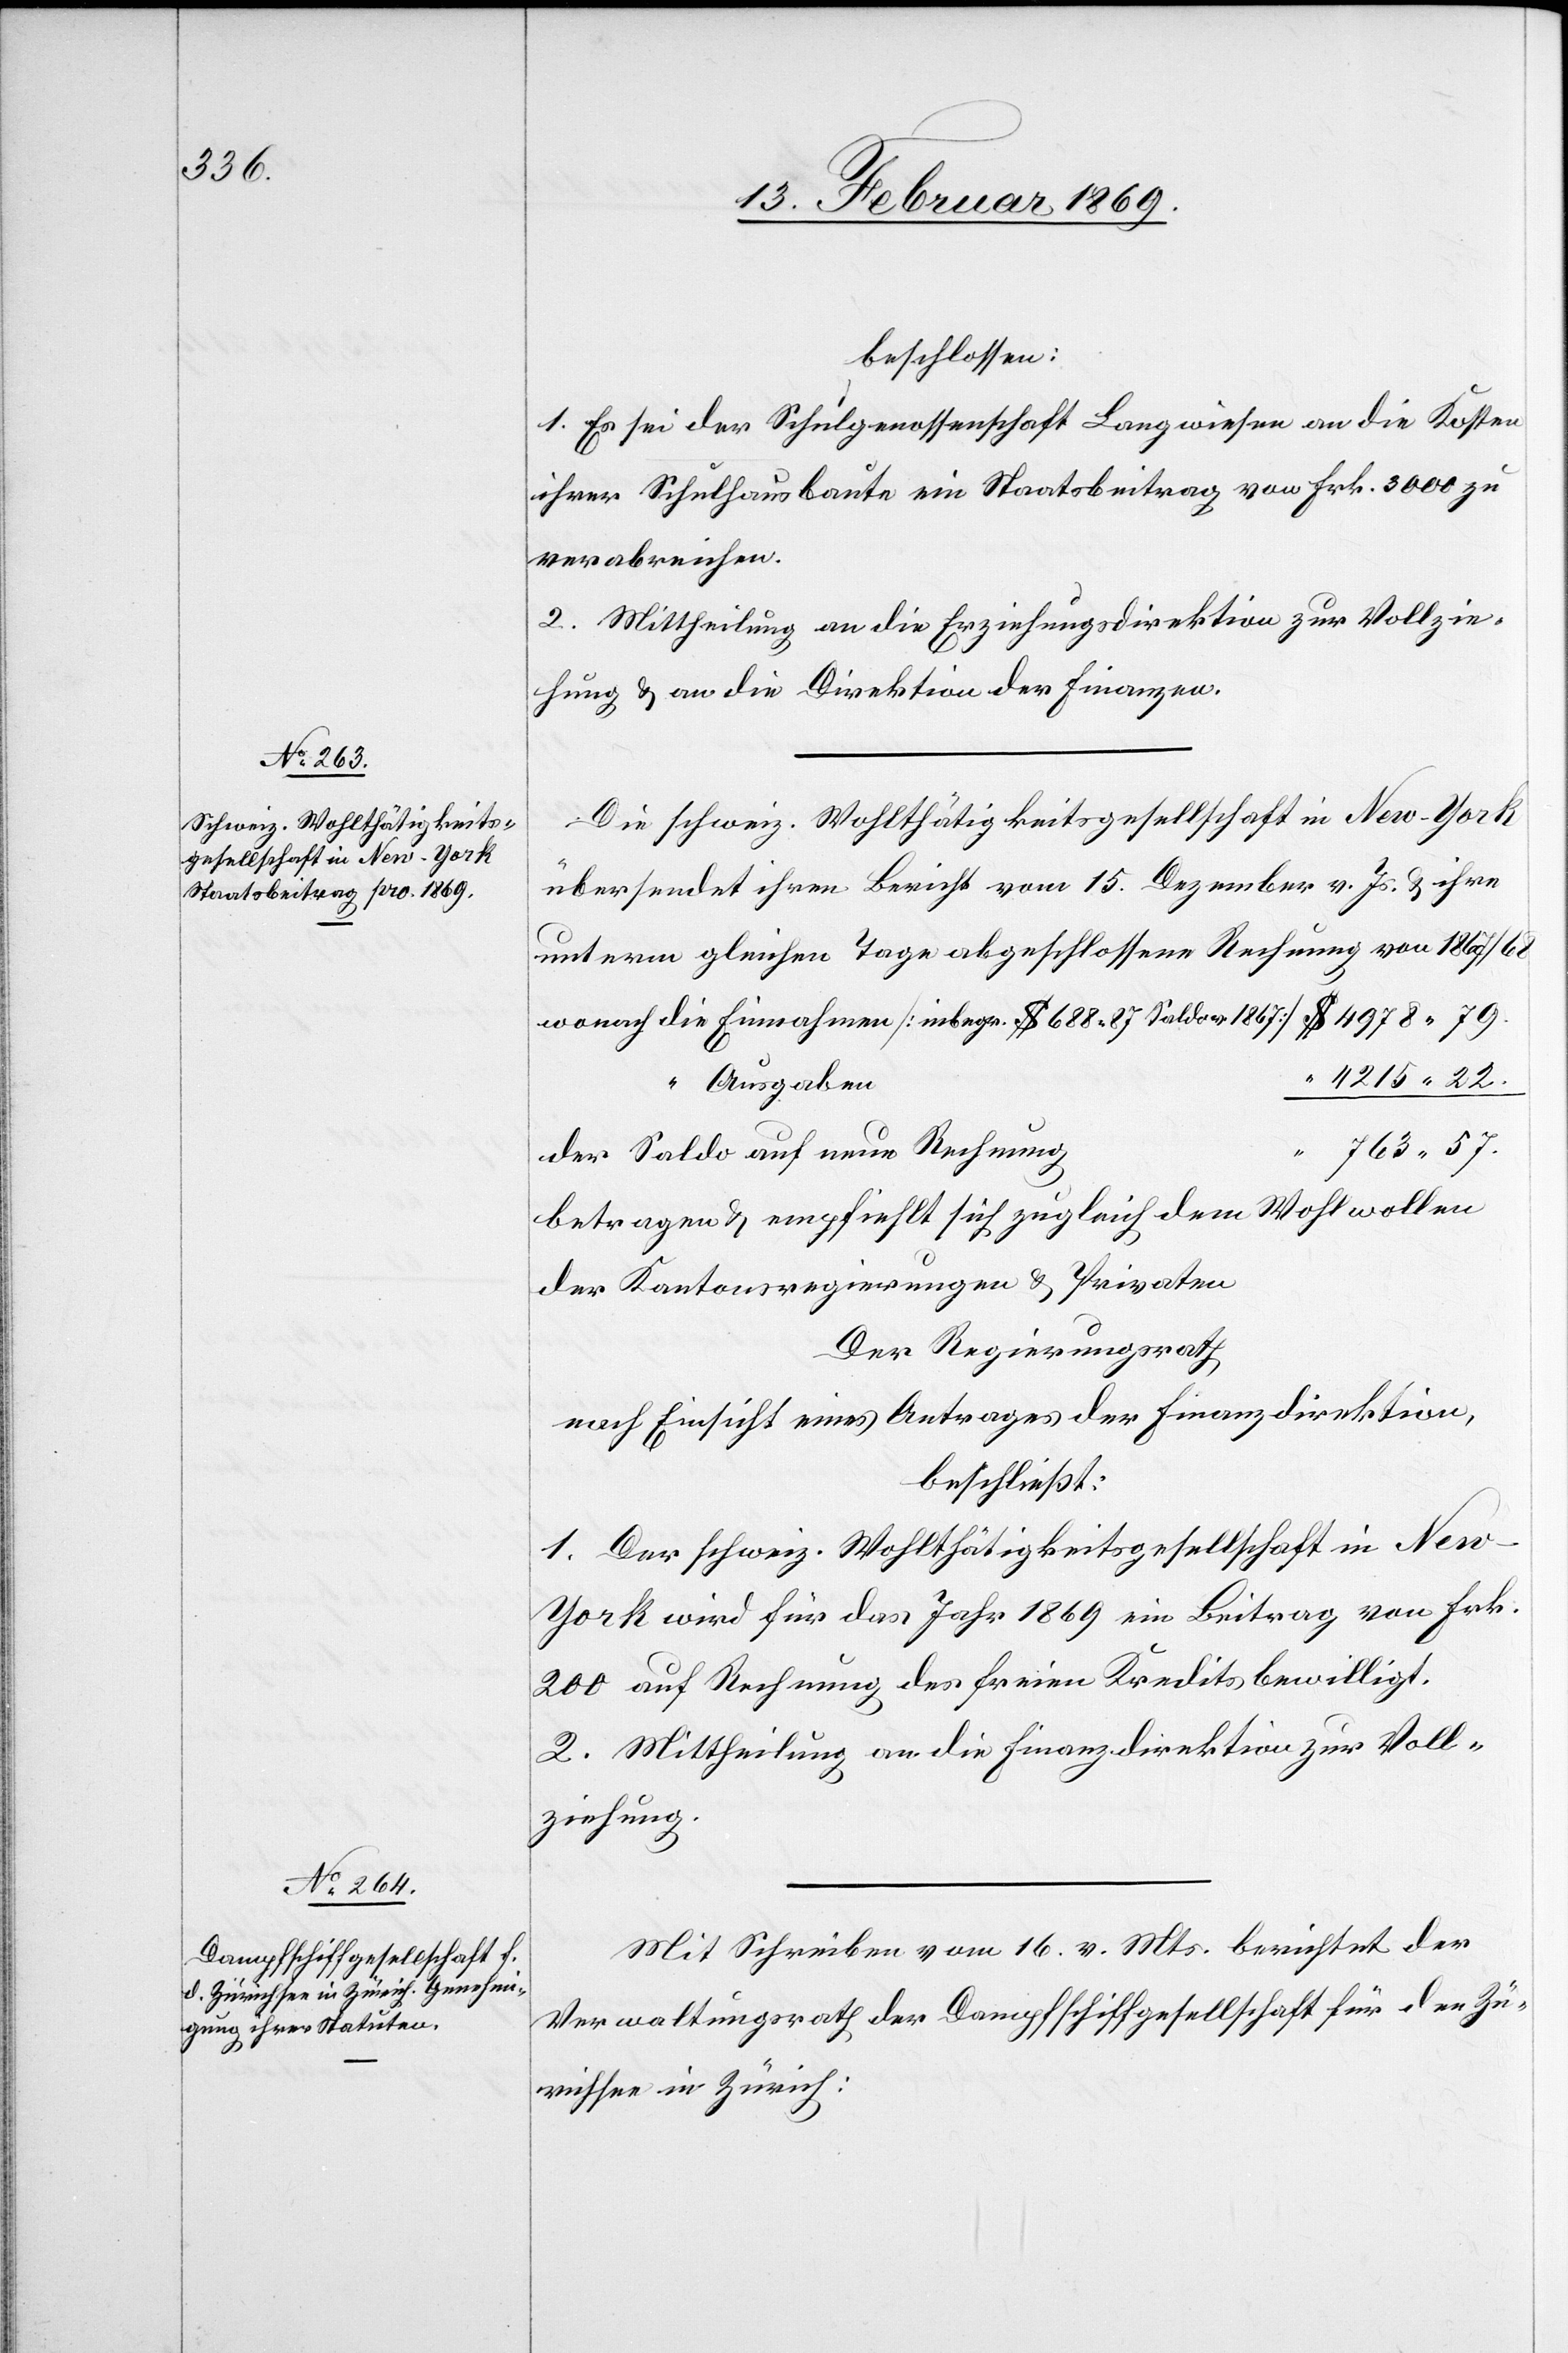
beschlossen:
1. Es sei der Schulgenossenschaft Langwiesen an die Kosten
ihrer Schulhausbaute ein Staatsbeitrag von Frk. 3000 zu
verabreichen.
2. Mittheilung an die Erziehungsdirektion zur Vollzie¬
hung u. an die Direktion der Finanzen.
Die schweiz. Wohlthätigkeitsgesellschaft in New-York
übersendet ihren Bericht vom 15. Dezember v. Js. u. ihre
unterm gleichen Tage abgeschlossene Rechnung von 1867/68
wonach die Einnahmen [inbegr. $ 688.87 Saldo v. 1867] $ 4978.79.
“ 4215.22.
Ausgaben
763.57.
der Saldo auf neue Rechnung
betragen u. empfiehlt sich zugleich dem Wohlwollen
der Kantonsregierungen u. Privaten
Der Regierungsrath,
nach Einsicht eines Antrages der Finanzdirektion,
beschließt:
1. Der schweiz. Wohlthätigkeitsgesellschaft in Ne¬
w-York wird für das Jahr 1869 ein Beitrag von Frk.
200 auf Rechnung des freien Kredits bewilligt.
2. Mittheilung an die Finanzdirektion zur Voll¬
ziehung.
Mit Schreiben vom 16. v. Mts. berichtet der
Verwaltungsrath der Dampfschiffgesellschaft für den Zü¬
richsee in Zürich: